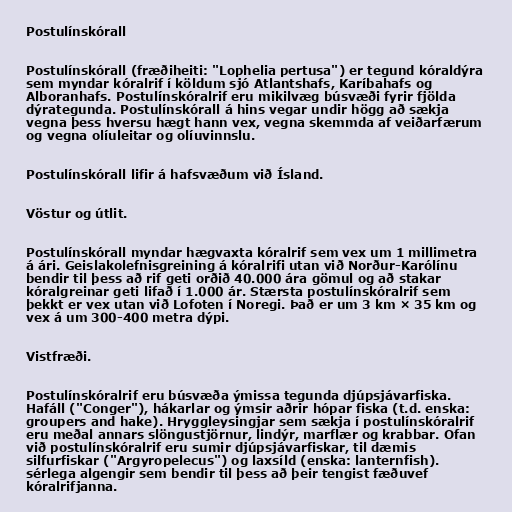
Postulínskórall

Postulínskórall (fræðiheiti: "Lophelia pertusa") er tegund kóraldýra
sem myndar kóralrif í köldum sjó Atlantshafs, Karíbahafs og
Alboranhafs. Postulínskóralrif eru mikilvæg búsvæði fyrir fjölda
dýrategunda. Postulínskórall á hins vegar undir högg að sækja
vegna þess hversu hægt hann vex, vegna skemmda af veiðarfærum
og vegna olíuleitar og olíuvinnslu.

Postulínskórall lifir á hafsvæðum við Ísland.

Vöstur og útlit.

Postulínskórall myndar hægvaxta kóralrif sem vex um 1 millimetra
á ári. Geislakolefnisgreining á kóralrifi utan við Norður-Karólínu
bendir til þess að rif geti orðið 40.000 ára gömul og að stakar
kóralgreinar geti lifað í 1.000 ár. Stærsta postulínskóralrif sem
þekkt er vex utan við Lofoten í Noregi. Það er um 3 km × 35 km og
vex á um 300-400 metra dýpi.

Vistfræði.

Postulínskóralrif eru búsvæða ýmissa tegunda djúpsjávarfiska.
Hafáll ("Conger"), hákarlar og ýmsir aðrir hópar fiska (t.d. enska:
groupers and hake). Hryggleysingjar sem sækja í postulínskóralrif
eru meðal annars slöngustjörnur, lindýr, marflær og krabbar. Ofan
við postulínskóralrif eru sumir djúpsjávarfiskar, til dæmis
silfurfiskar ("Argyropelecus") og laxsíld (enska: lanternfish).
sérlega algengir sem bendir til þess að þeir tengist fæðuvef
kóralrifjanna.